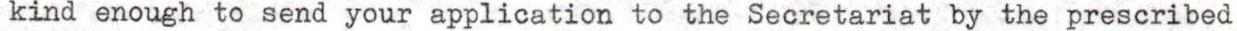
kind enough to send your application to the Secretariat by the prescribed